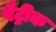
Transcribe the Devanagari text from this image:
पैट्रीक